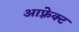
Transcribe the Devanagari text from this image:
आफ़्रेक्ट